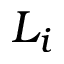
L _ { i }